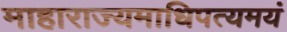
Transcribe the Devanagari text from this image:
माहाराज्यमाधिपत्यमयं